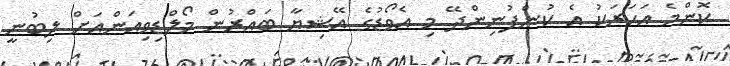
ކޮންމެ އަހަރަކު އެ ކުންފުނިންދޭ މި އެވޯޑުގެ އޭޝިޔާ ބައްރުން މޯލްޑިވިއަންއަށް ލިބުނީ